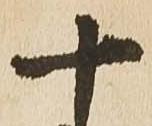
十